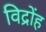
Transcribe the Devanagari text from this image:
विद्रोंह